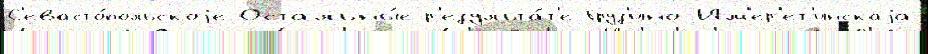
С'евасто́польскоjе Остальны́е р'езульта́т'е Груз'ино-Им'ер'ет'инскаjа